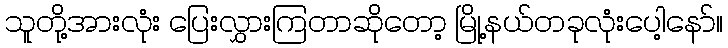
သူတို့အားလုံး ပြေးလွှားကြတာဆိုတော့ မြို့နယ်တခုလုံးပေါ့နော်။